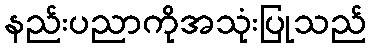
နည်းပညာကိုအသုံးပြုသည်